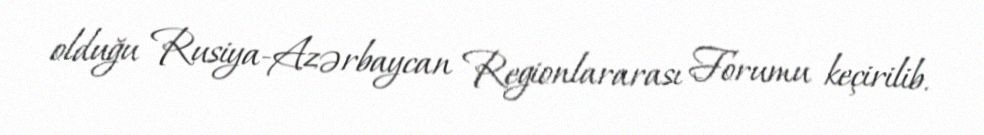
olduğu Rusiya-Azərbaycan Regionlararası Forumu keçirilib.